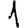
Digit: 1